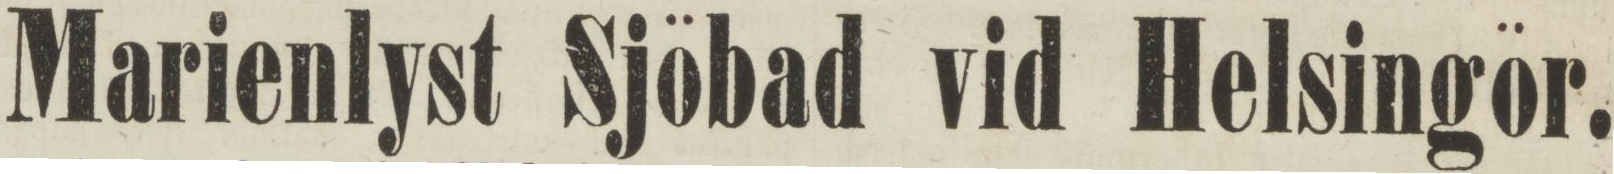
Marienlyst Sjöbad vid Helsingör.